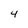
Character: 4